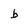
Character: b